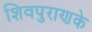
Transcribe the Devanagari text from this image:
शिवपुराणके